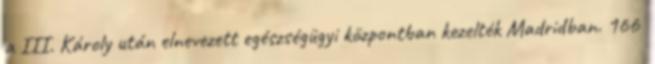
a III. Károly után elnevezett egészségügyi központban kezelték Madridban. 166